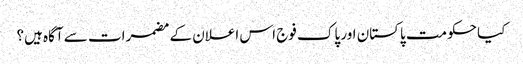
کیا حکومت پاکستان اور پاک فوج اس اعلان کے مضمرات سے آگاہ ہیں؟